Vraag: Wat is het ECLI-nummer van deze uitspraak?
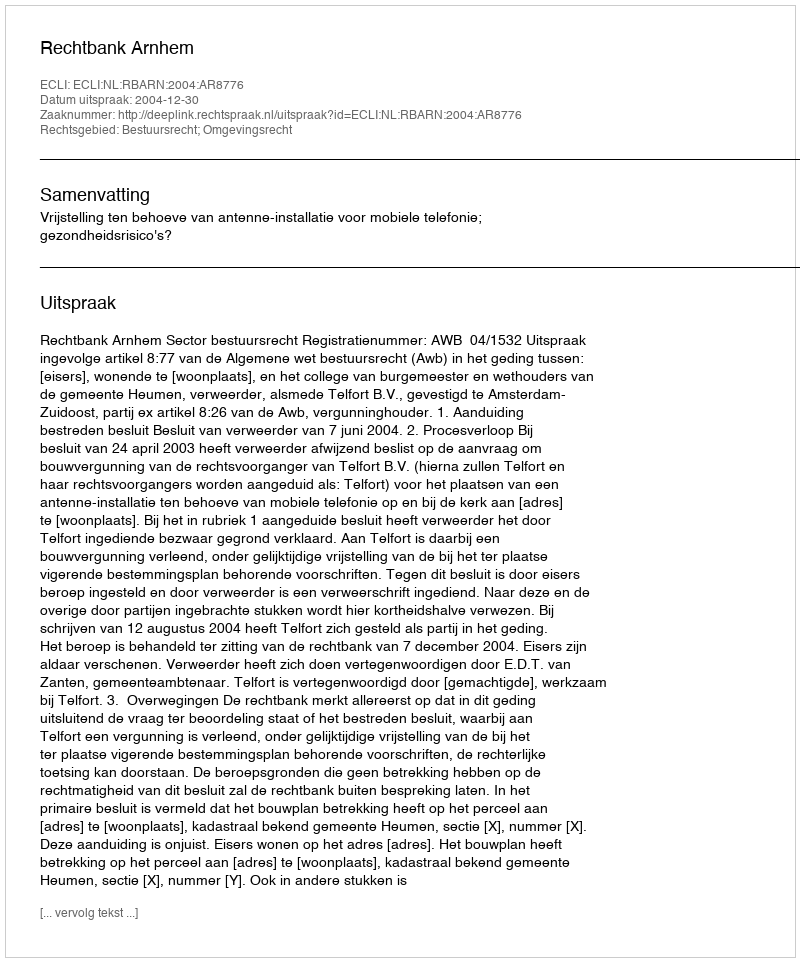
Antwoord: ECLI:NL:RBARN:2004:AR8776